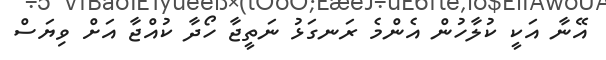
އޭނާ އަކީ ކުލާހުން އެންމެ ރަނގަޅު ނަތީޖާ ހޯދާ ކުއްޖާ އަށް ވިޔަސް